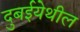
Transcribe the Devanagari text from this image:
दुबईयेथील